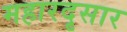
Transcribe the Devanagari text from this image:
महारदृसार